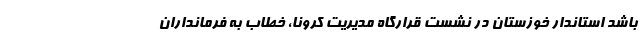
باشد استاندار خوزستان در نشست قرارگاه مدیریت کرونا، خطاب به فرمانداران